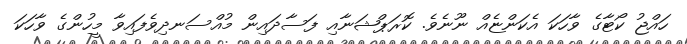
ހައްޖު ކޯޓާގެ ވާހަކަ އެކަންޏެއް ނޫނެވެ. ކޮރަޕްޝަނާއި ފަސާދައިން މުއްސަނދިވެފައިވާ މީހުންގެ ވާހަކަ